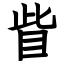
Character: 眥